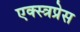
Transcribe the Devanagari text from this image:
एक्स्त्रप्रेस